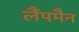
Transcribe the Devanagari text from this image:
लैंपमैन